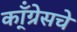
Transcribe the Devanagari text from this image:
कॉ्ंग्रेसचे